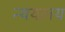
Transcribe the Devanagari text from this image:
न्ययलय